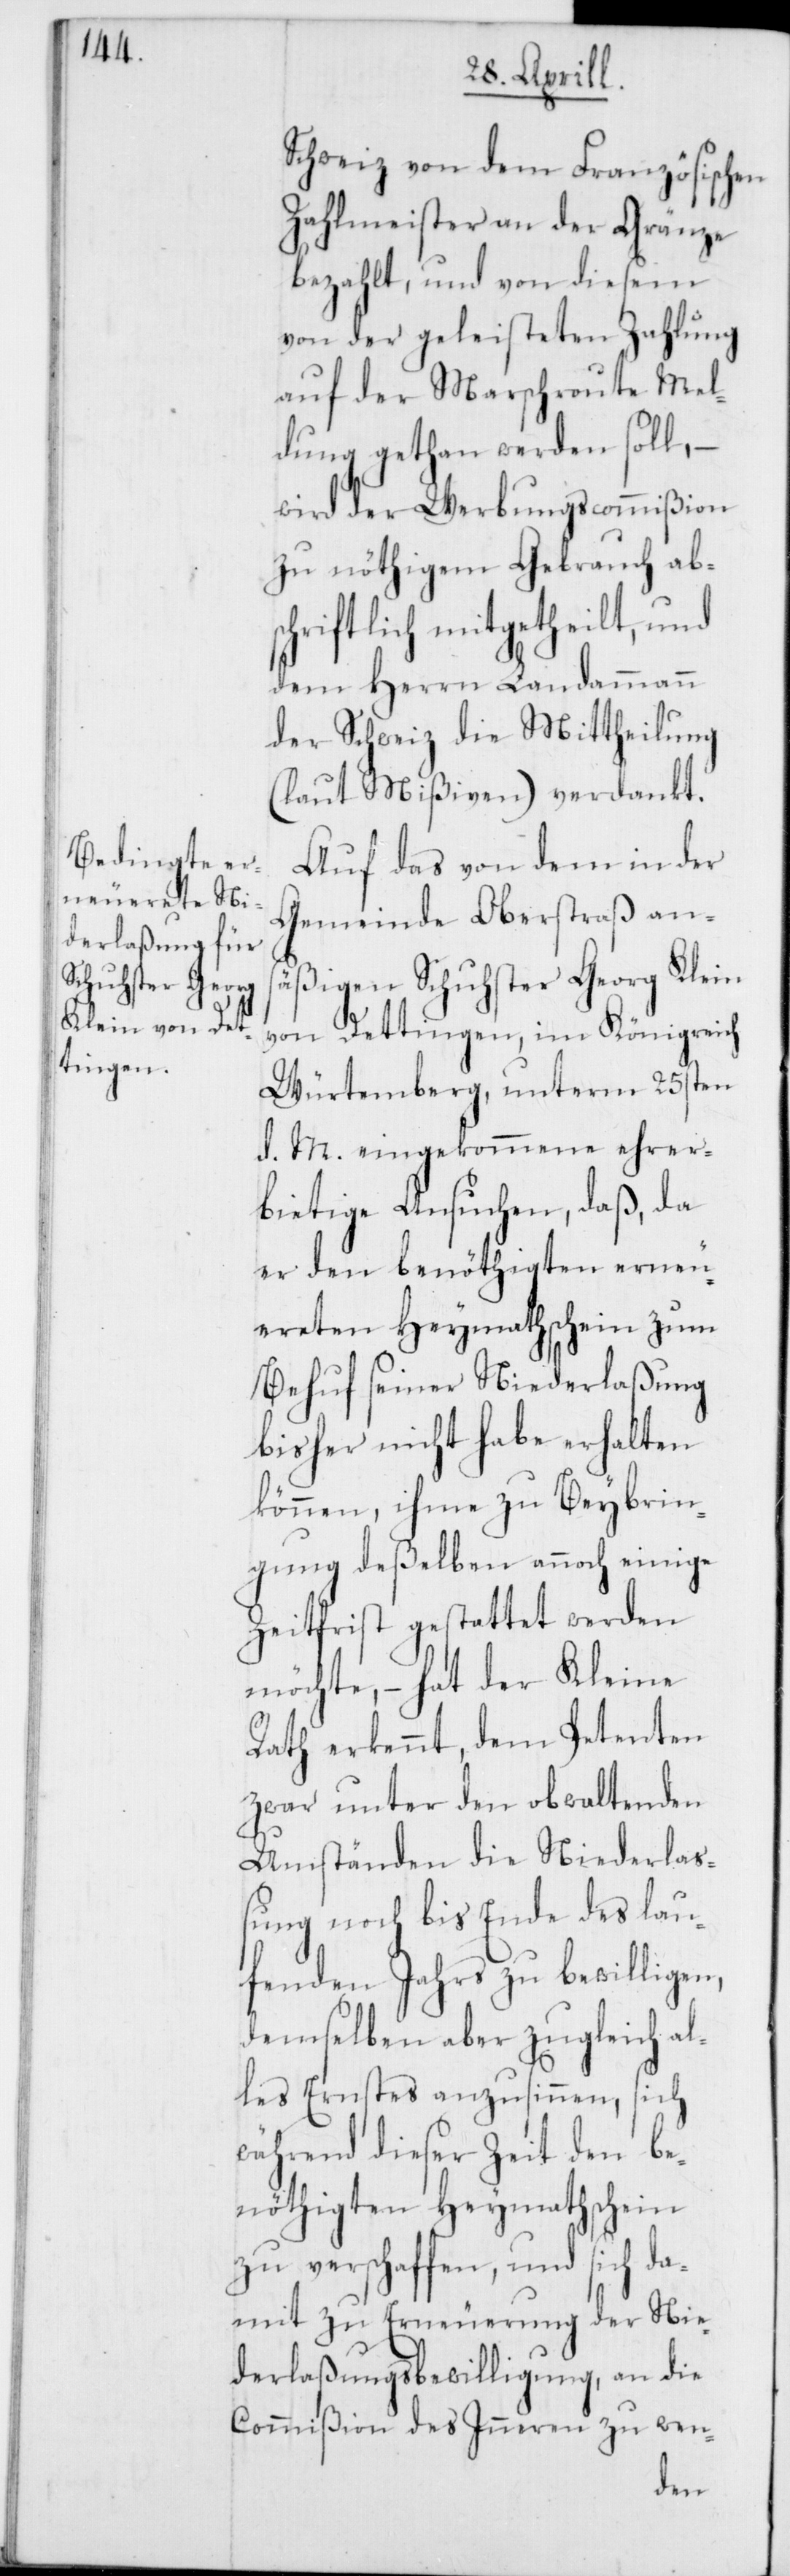
Schweiz von dem Französischen
Zahlmeister an der Gränze
bezahlt, und von diesem
von der geleisteten Zahlung
auf der Marschroute Mel¬
dung gethan werden soll, –
wird der Werbungscommißion
zu nöthigem Gebrauch abs¬
chriftlich mitgetheilt, und
dem Herrn Landammann
der Schweiz die Mittheilung
(laut Mißiven) verdankt.
Auf das von dem in der
Gemeinde Oberstraß ans¬
äßigen Schuhster Georg Klein
von Dettingen, im Königreich
Würtemberg, unterm 25sten
d. M. eingekommene ehrer¬
bietige Ansuchen, daß, da
er den benöthigten erneu¬
ereten Heymathschein zum
Behuf seiner Niederlaßung
bisher nicht habe erhalten
können, ihme zu Beibrin¬
gung deßelben annoch einige
Zeitfrist gestattet werden
möchte, – hat der Kleine
Rath erkennt, dem Petenten
zwar unter den obwaltenden
Umständen die Niederlaß¬
ung noch bis Ende des lau¬
fenden Jahrs zu bewilligen,
demselben aber zugleich al¬
les Ernstes anzusinnen, sich
während dieser Zeit den be¬
nöthigten Heymathschein
zu verschaffen, und sich da¬
mit zu Erneuerung der Nie¬
derlaßungsbewilligung, an die
Commißion des Inneren zu wen-